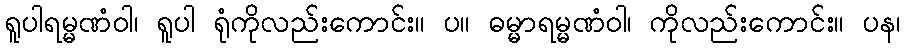
ရူပါရမ္မဏံဝါ၊ ရူပါ ရုံကိုလည်းကောင်း။ ပ။ ဓမ္မာရမ္မဏံဝါ၊ ကိုလည်းကောင်း။ ပန၊